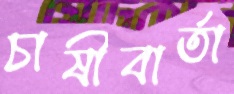
চাষীবার্তা